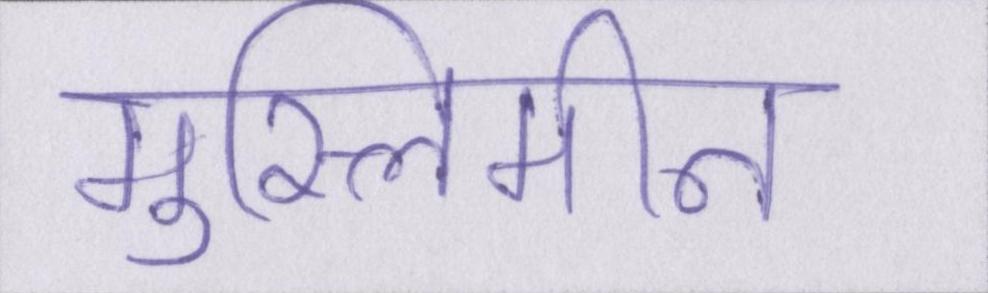
मुस्लिमीन